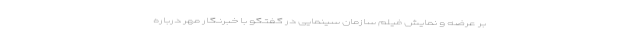
بر عرضه و نمایش فیلم سازمان سینمایی در گفتگو با خبرنگار مهر درباره